NAE_ERA_R-1765_ENSV_Kirjanike_Liit_1945-1955, lk 11
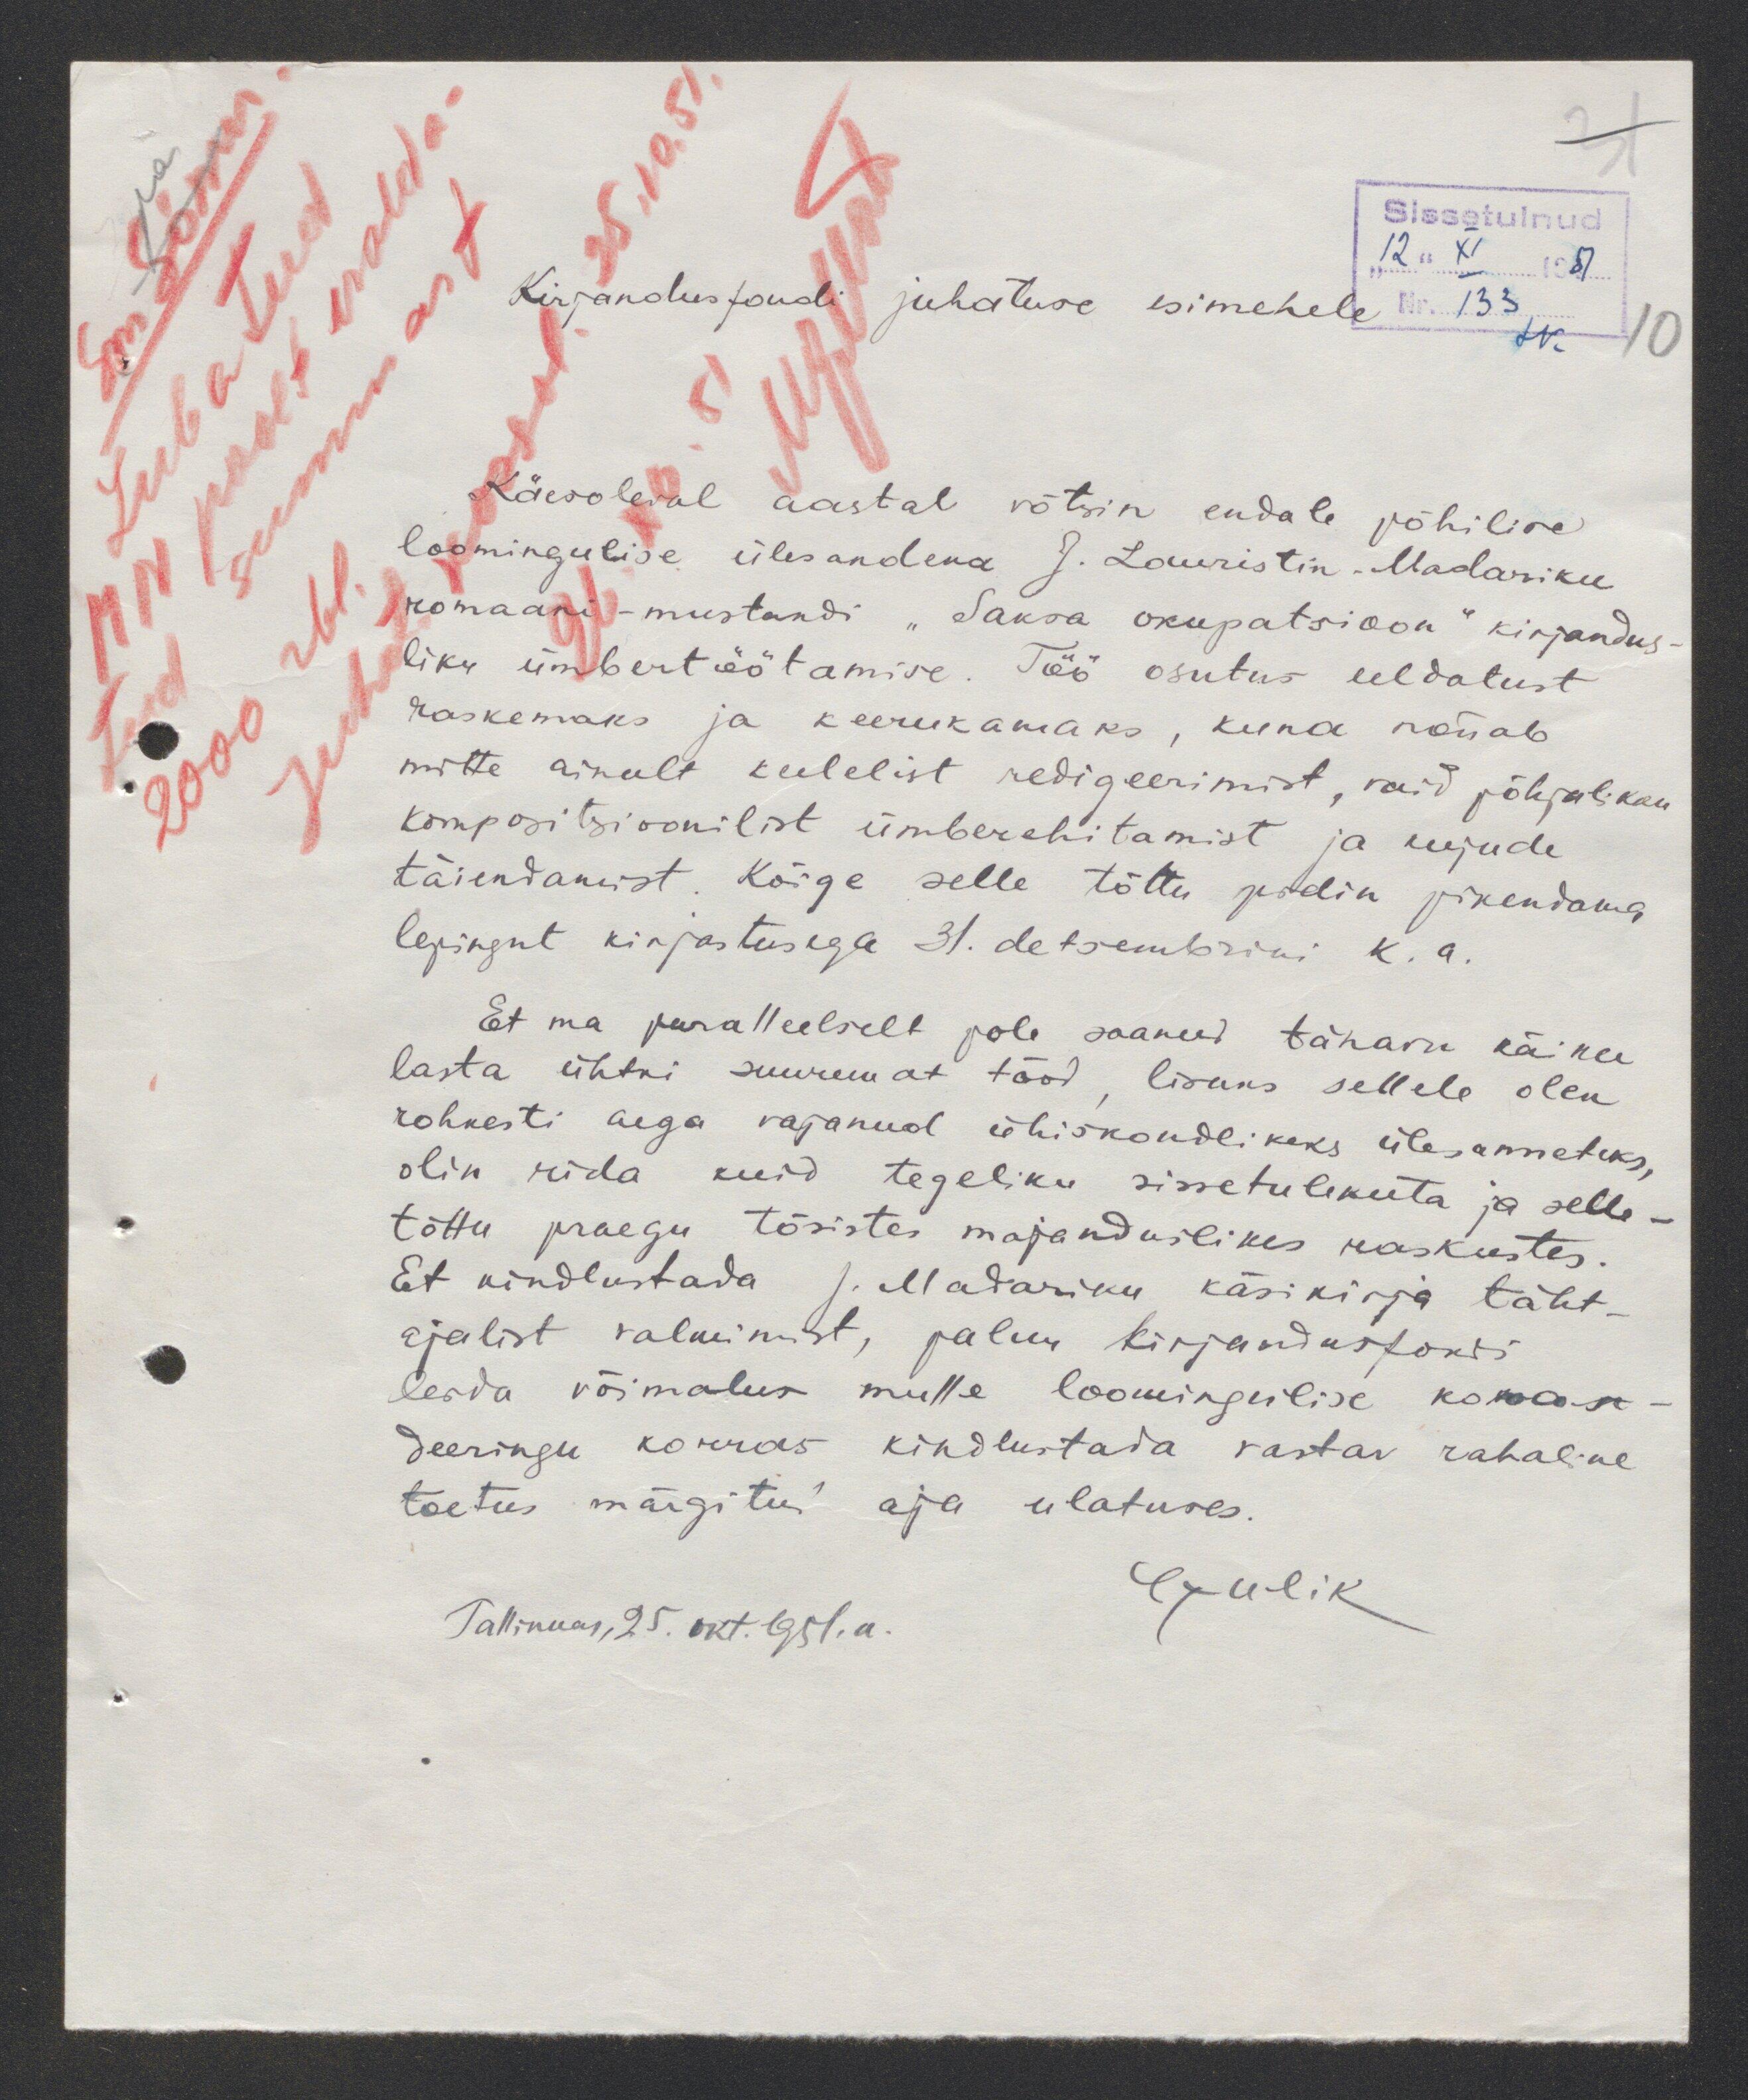
Kirjandusfondi juhatuse esimehele
Käesoleval aastal võtsin endale põhilise
loomingulise ülesandena J. Lauristin-Madariku
romaani - mustandi "Saksa okupatsioon" kirjandus
liku ümbertöötamise. Töö osutus eeldatust
raskemaks ja keerukamaks, kuna nõuab
mitte ainult keelelist redigeerimist, vaid põhjalikku
kompositsioonilist ümberehitamist ja kujude
täiendamist. Kõige selle tõttu pidin pikendama
lepingut kirjastusega 31. detsembrini k. a.
Et ma paralleelselt pole saanud tänavu käiku
lasta ühtki suuremat tööd, lisaks sellele olen
rohkesti aega vajanud ühiskondlikeks ülesanneteks
olin rida kuid tegeliku sissetulekuta ja selle
tõttu praegu tõsistes majanduslikes raskustes.
Et kindlustada J. Madariku käsikirja täht-
ajalist valmimist, palun kirjandusfondi
leida võimalus mulle loomingulise koman
deeringu korras kindlustada vastav rahaline
toetus märgitud aja ulatuses.
Talinnas, 25. okt. 1951. a.